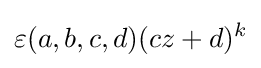
\varepsilon (a,b,c,d)(cz+d)^{k}